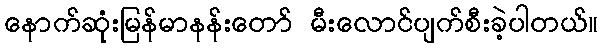
နောက်ဆုံးမြန်မာနန်းတော် မီးလောင်ပျက်စီးခဲ့ပါတယ်။